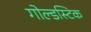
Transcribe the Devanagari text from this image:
गोल्डस्टिक